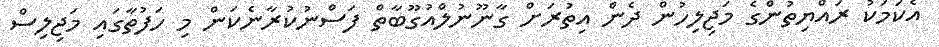
އެކަމަކު ރައްޔިތުންގެ މަޖިލިހުން ދެން އިތުރަށް ގާނޫނުލްއުގޫބާތް ފަސްނުކުރާނެކަން މި ހަފުތާގައި މަޖިލިސް